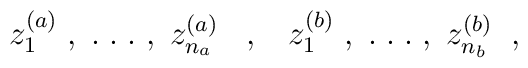
z_1^{(a)} \; , \; . \; . \; . \; , \;  z_{n_a}^{(a)}\; \; \; , \; \; \;z_1^{(b)} \; , \; . \; . \; . \; , \;  z_{n_b}^{(b)} \; \; ,